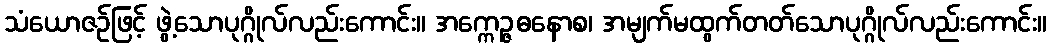
သံယောဇဉ်ဖြင့် ဖွဲ့သောပုဂ္ဂိုလ်လည်းကောင်း။ အက္ကေဉ္ဇဓနောစ၊ အမျက်မထွက်တတ်သောပုဂ္ဂိုလ်လည်းကောင်း။